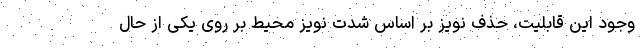
وجود این قابلیت، حذف نویز بر اساس شدت نویز محیط بر روی یکی از حال